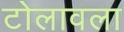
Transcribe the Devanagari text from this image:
टोलावला